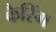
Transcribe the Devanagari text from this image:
कैरिंग